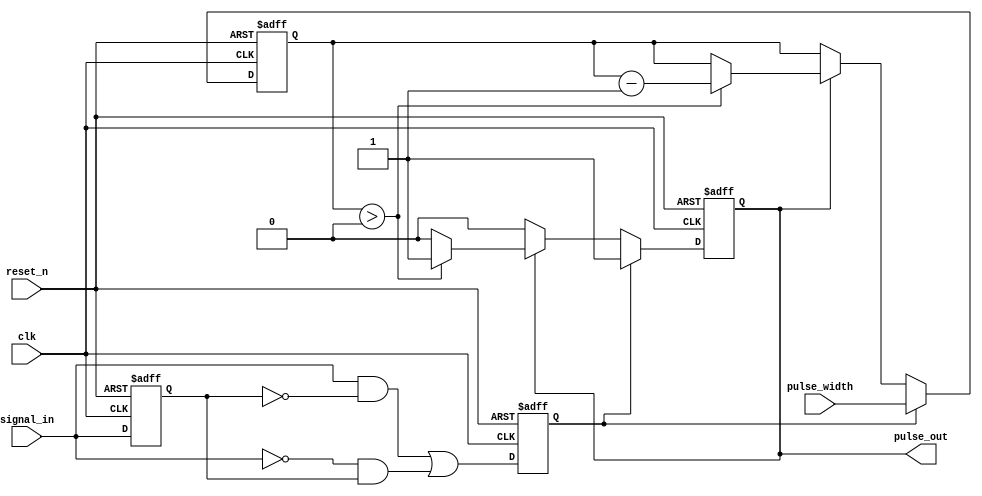
module MonostableEdgeDetector (
    input wire clk,           // Clock input
    input wire reset_n,      // Active low reset
    input wire signal_in,     // Input signal
    input wire [15:0] pulse_width, // Configurable pulse width (in clock cycles)
    output reg pulse_out      // Pulse output
);

    reg signal_in_d;         // Delayed input signal to detect edges
    reg edge_detected;       // Edge detection flag
    reg [15:0] counter;      // Counter for pulse width timing

    // Edge detection logic: rising edge or falling edge
    always @(posedge clk or negedge reset_n) begin
        if (!reset_n) begin
            signal_in_d <= 1'b0;
            edge_detected <= 1'b0;
        end else begin
            signal_in_d <= signal_in; // Store the current state
            edge_detected <= (signal_in && !signal_in_d) || (!signal_in && signal_in_d); // Rising or falling edge detected
        end
    end

    // Pulse generation logic
    always @(posedge clk or negedge reset_n) begin
        if (!reset_n) begin
            pulse_out <= 1'b0;  // Reset output pulse
            counter <= 16'b0;    // Reset counter
        end else if (edge_detected) begin
            pulse_out <= 1'b1;   // Start pulse
            counter <= pulse_width; // Load pulse width
        end else if (pulse_out) begin
            if (counter > 0) begin
                counter <= counter - 1; // Decrement counter
            end else begin
                pulse_out <= 1'b0;  // End pulse
            end
        end
    end

endmodule